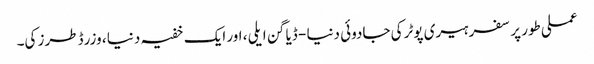
عملی طور پر سفر ہیری پوٹر کی جادوئی دنیا - ڈیاگن ایلی ، اور ایک خفیہ دنیا ، وزرڈ طرز کی۔